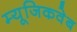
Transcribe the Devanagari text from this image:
म्यूजिकवेब